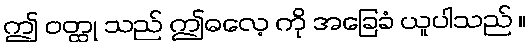
ဤ ဝတ္ထု သည် ဤဓလေ့ ကို အခြေခံ ယူပါသည် ။